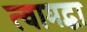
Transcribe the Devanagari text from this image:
त्वामद्धा